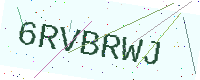
Text: 6RVBRWJ